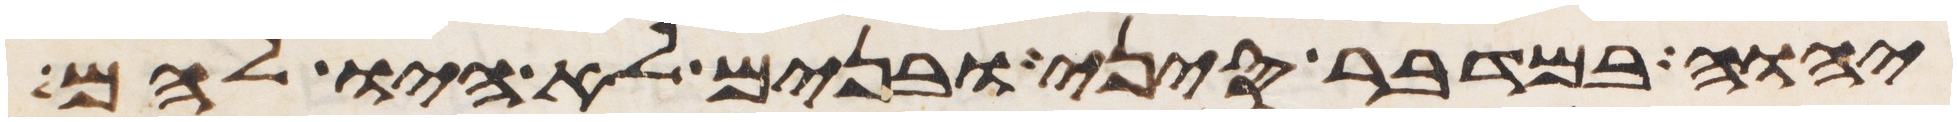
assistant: יהוה במדבר סיני ובנים לא היו להם